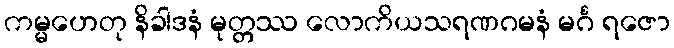
ကမ္မဟေတု နိခါဒနံ မုတ္တဿ လောကိယသရဏဂမနံ မင်္ဂ ရဇော